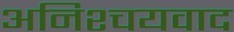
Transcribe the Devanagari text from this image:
अनिश्चयवाद